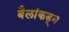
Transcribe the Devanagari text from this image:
बैलांकडून